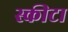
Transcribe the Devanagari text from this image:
स्कीटा